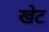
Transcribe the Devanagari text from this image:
खेट